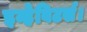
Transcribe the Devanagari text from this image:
इन्हेबिटर्स।